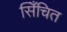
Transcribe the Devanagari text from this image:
सिँचित